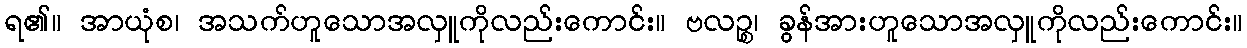
ရ၏။ အာယုံစ၊ အသက်ဟူသောအလှူကိုလည်းကောင်း။ ဗလဉ္စ၊ ခွန်အားဟူသောအလှူကိုလည်းကောင်း။